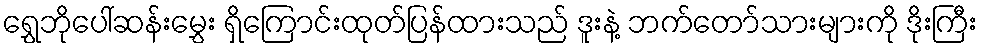
ရွှေဘိုပေါ်ဆန်းမွှေး ရှိကြောင်းထုတ်ပြန်ထားသည် ဒူးနဲ့ ဘက်တော်သားများကို ဒိုးကြီး